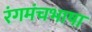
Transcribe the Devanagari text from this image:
रंगमंचभाषा